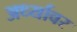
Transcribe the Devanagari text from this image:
अर्ध्यावर